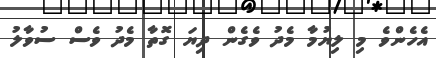
އެހެންވެ މި ލިޔުމާ މެދު ވެގެން ދިޔަ ގޮތާ މެދު ވެސް ސުވާލު